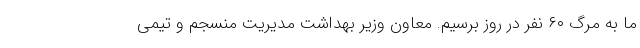
ما به مرگ ۶۰ نفر در روز برسیم. معاون وزیر بهداشت مدیریت منسجم و تیمی